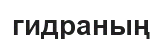
гидраның